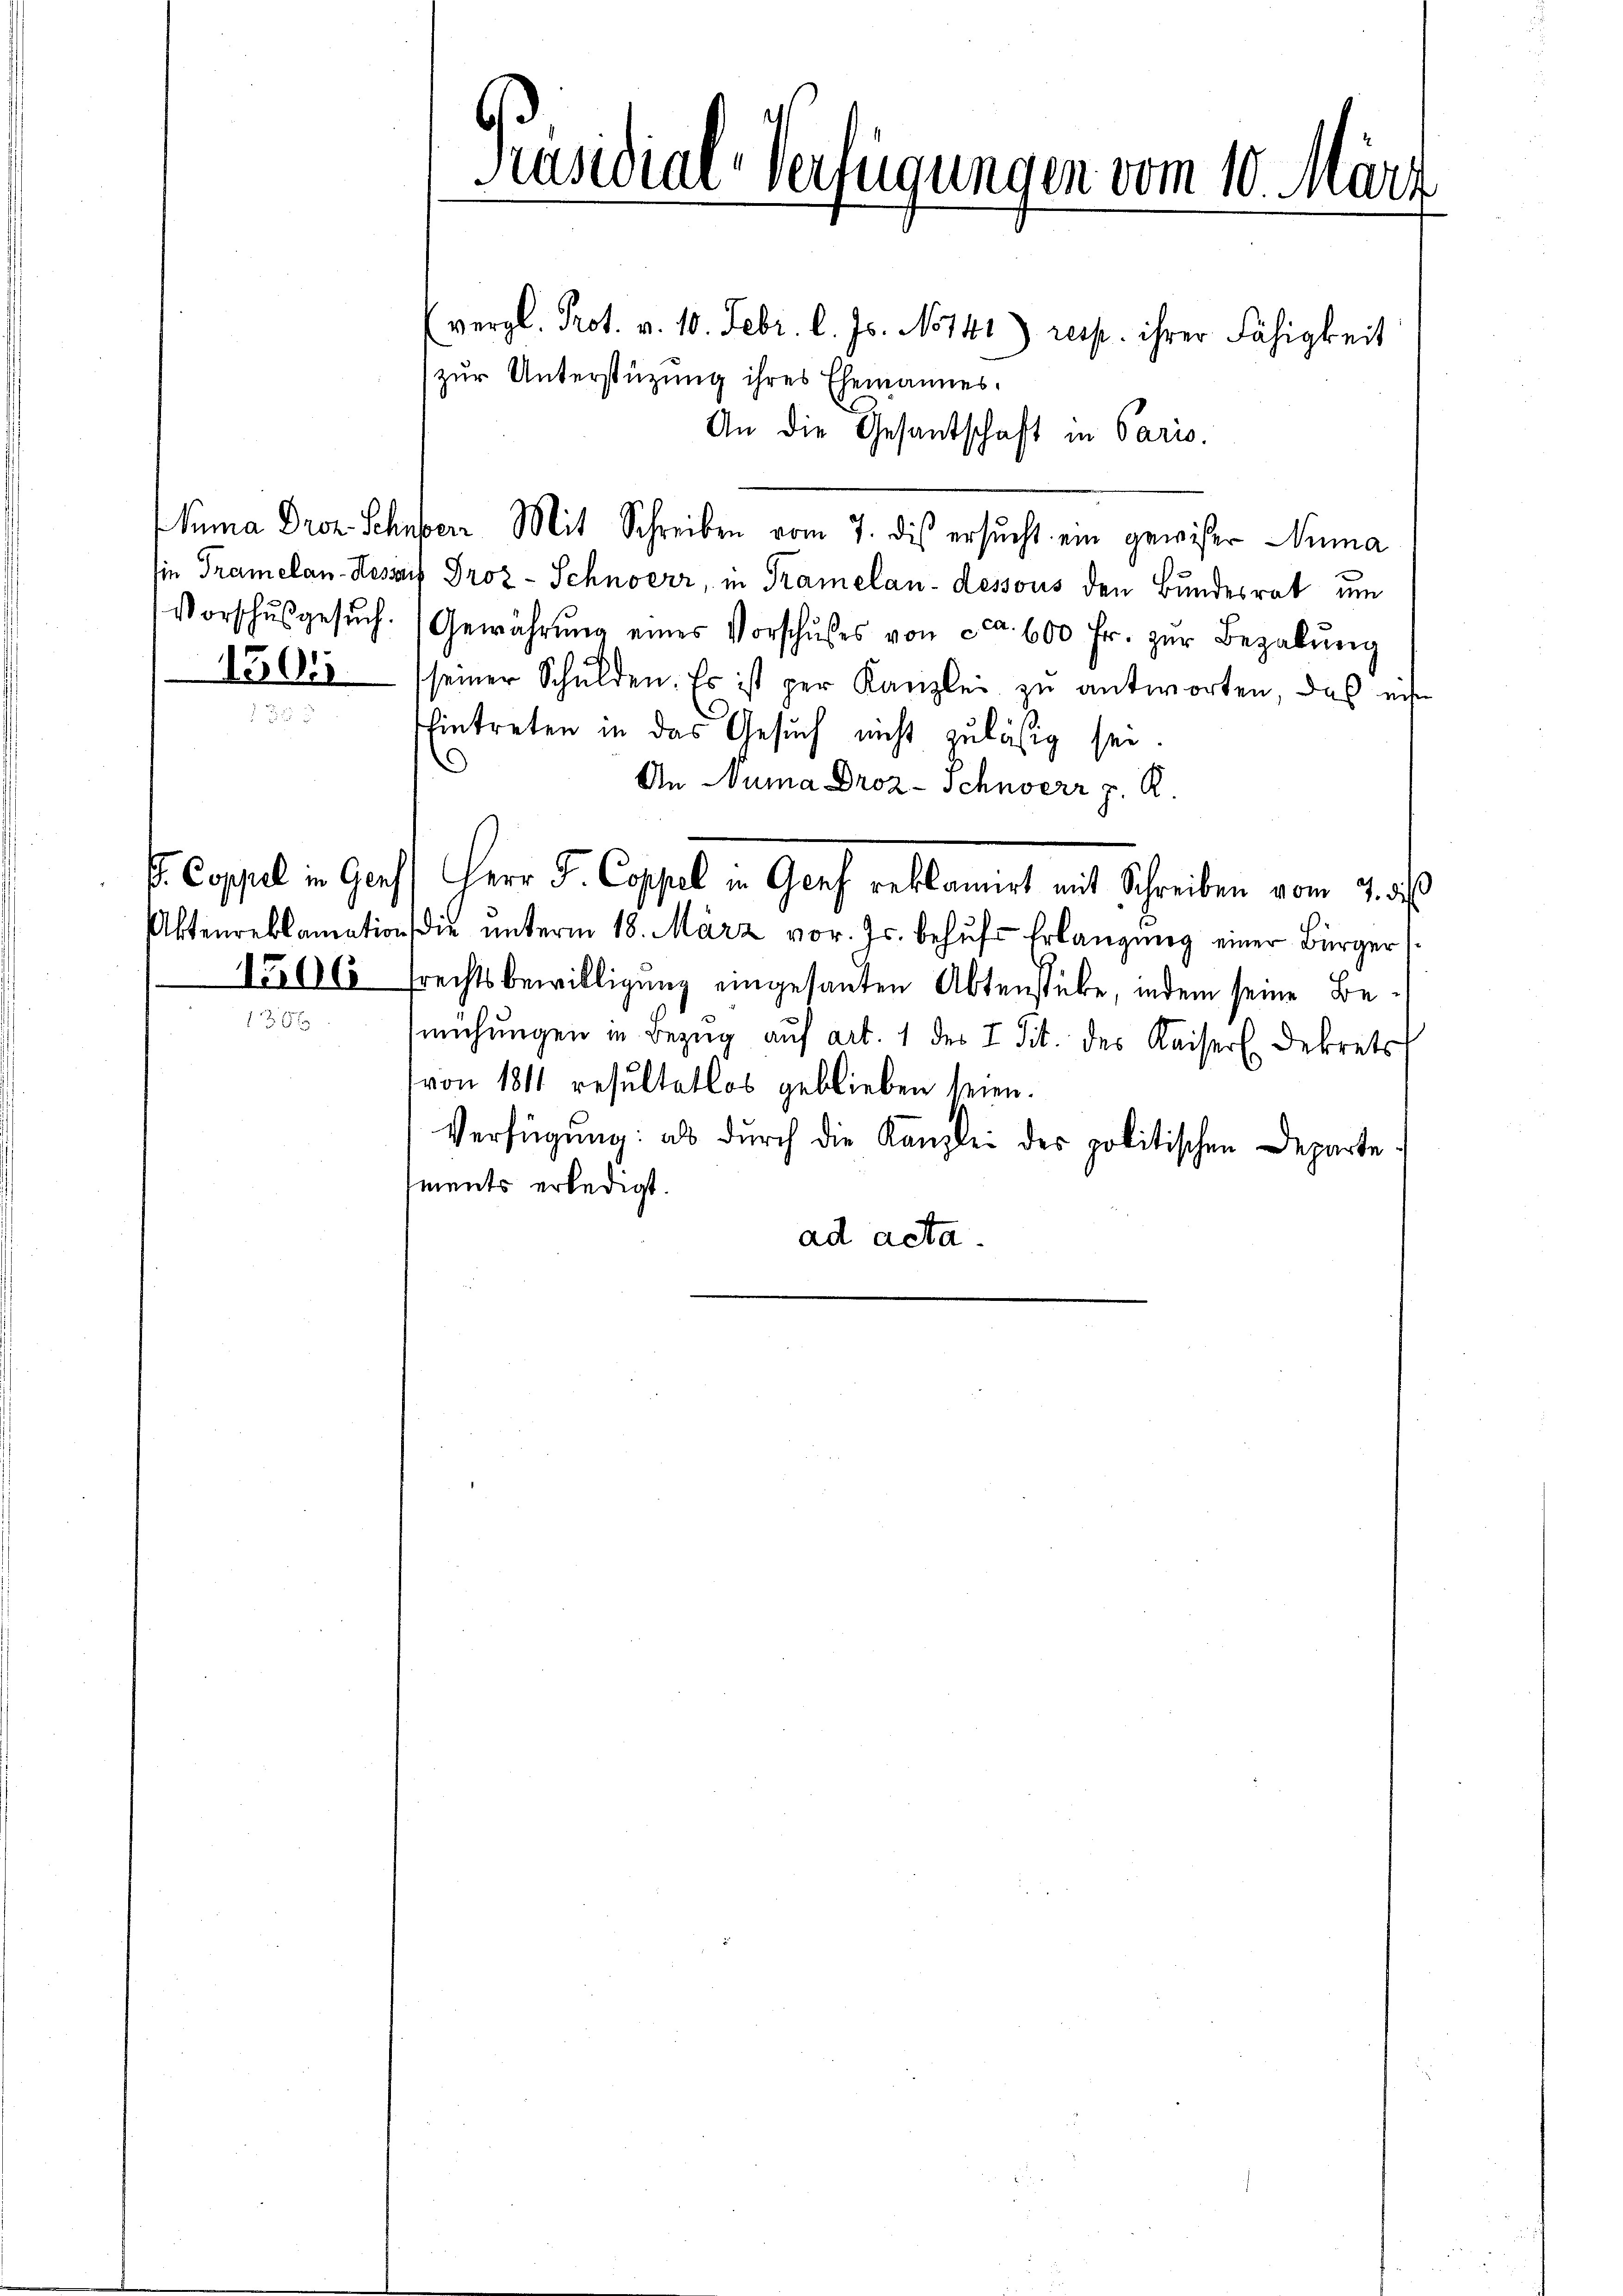
1501

1206

(vergl. Prot. v. 10. Febr. l. Js. No 141) resp. ihrer Fähigkeit
zur Unterstützung ihres Ehemannes.
An die Gesandschaft in Paris.
Mina Droz. Schuber Mit Schreiben vom 7. dis ersucht ein gewiser Numa
sie Tramelan-Hosai Proz.- Schnoerr, in Tramelan-dessous den Bundesrat um
Vorschŭsgesŭch. Gewährŭng eines Vorschŭses von ca 600 fr. zŭr Bezalŭng
seiner Schulden. Es ist per Kanzlei zu antworten, das eise
Eintreten in das Gesuch nicht zulässig sei.
An Numa Droz- Schnerr J. R.
s. Coppel in Gers) Herr J. Coppel in Genf reklamirt mit Schreiben vom 7. des
Aktenreklamation die ŭnterm 18. März vor. Js. behŭfs Erlangung einer Bürger
Frechtsbewilligung eingesanten Abtenstube, indem seine Bemühungen in Bezug auf art. 1 des I Tit. des Kaiser Dekrets
(von 1811 resultatlos geblieben seien.
Verfügŭng: als durch die Kanzlei des politischen Departe
ments erledigt.
ad acta.

Präsidial-Verfügungen vom 10. Märi